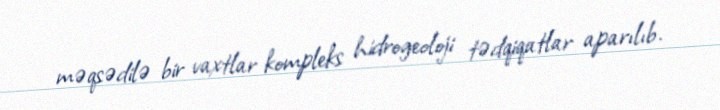
məqsədilə bir vaxtlar kompleks hidrogeoloji tədqiqatlar aparılıb.